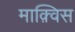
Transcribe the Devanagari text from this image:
माक़्विस